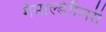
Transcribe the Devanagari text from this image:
गेमाल्डेगैलरी